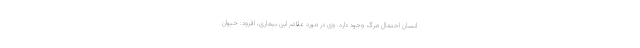
انسان احتمال مرگ وجود دارد. وی در مورد علائم این بیماری، افزود: حیوان